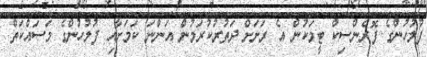
ފުލުހުންގެ ފޮރެންސިކް ޓީމަކުން އެ ރަށަށް ދަތުރުކުރަމުން އަންނަ ކަމަށާއި ފުލުހުންގެ މަސައްކަތް